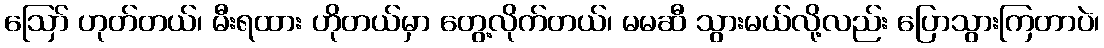
ဪ ဟုတ်တယ်၊ မီးရထား ဟိုတယ်မှာ တွေ့လိုက်တယ်၊ မမဆီ သွားမယ်လို့လည်း ပြောသွားကြတာပဲ၊